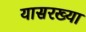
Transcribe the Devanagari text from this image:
यासरख्या